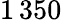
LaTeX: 1\, 350